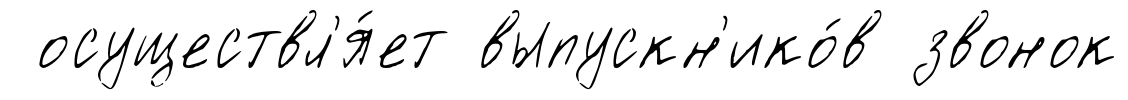
осуществл'я́ет выпускн'ико́в звонок